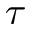
\tau